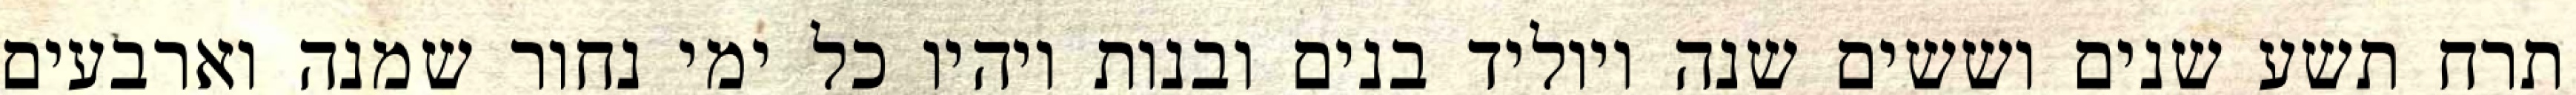
תרח תשע שנים וששים שנה ויוליד בנים ובנות ויהיו כל ימי נחור שמנה וארבעים